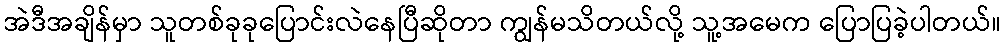
အဲဒီအချိန်မှာ သူတစ်ခုခုပြောင်းလဲနေပြီဆိုတာ ကျွန်မသိတယ်လို့ သူ့အမေက ပြောပြခဲ့ပါတယ်။